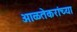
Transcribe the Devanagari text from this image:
आळतेकरांच्या